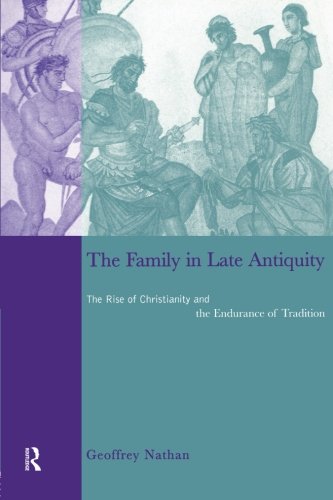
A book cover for The Family in Late Antiquity: The Rise of Christianity and the Endurance of Tradition; Geoffrey Nathan; Christian Books & Bibles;